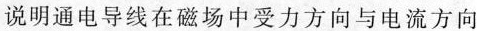
说明通电导线在磁场中受力方向与电流方向